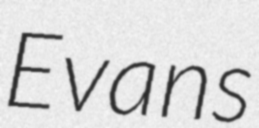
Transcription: Evans